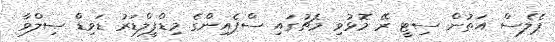
ޕެލެސް އަތުން ސިޓީ ރޭ މޮޅުވި މެޗުގައި ސްޕެއިންގެ މިޑްފީލްޑަރު ޑަވިޑް ސިލްވާ